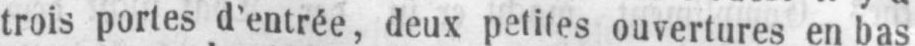
trois portes d’entrée, deux petites ouvertures en bas